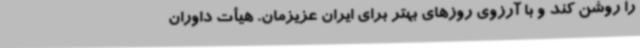
را روشن کند و با آرزوی روزهای بهتر برای ایران عزیزمان. هیأت داوران